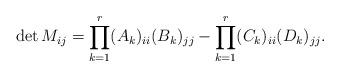
LaTeX: \begin{align*}\det M_{ij}= \prod_{k = 1}^r (A_k)_{ii}(B_k)_{jj} - \prod_{k = 1}^r (C_k)_{ii}(D_k)_{jj}.\end{align*}